Civil Veterinary Department Bihar & Orissa reports 1911-21 - 1911-1921
Year: 1911
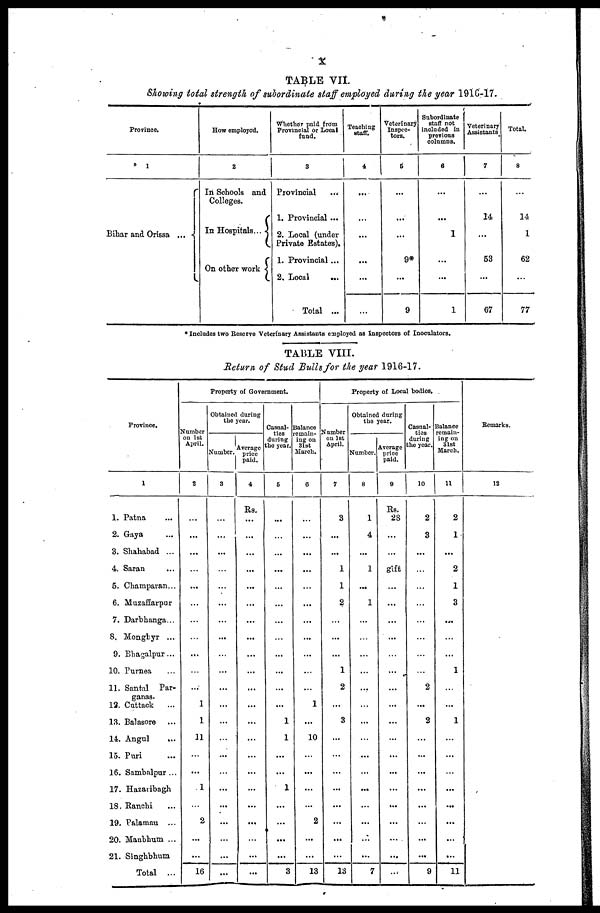
X
TABLE VII.
Showing total strength of subordinate staff employed during the year 1916-17.
Province.
1
Bihar and Orissa ...
How employed.
2
In Schools and
Colleges.
In Hospitals...
On other work
Whether paid from
Provincial or Local
fund.
3
Provincial
1. Provincial ...
2. Local (under
Private Estates).
1. Provincial ...
2. Local
...
Total ...
Teaching
staff.
4
...
...
...
...
Veterinary
Inspec-
tors.
5
...
...
9*
...
9
Subordinate
staff not
included in
previous
columns.
6
...
...
1
...
1
Veterinary
Assistants
7
...
14
53
...
67
Total.
8
...
14
1
62
...
77
* Includes two Reserve Veterinary Assistants employed as Inspectors of Inoculators.
TABLE VIII.
Return of Stud Bulls for the year 1916-17.
Province.
1
1. Patna ...
2. Gaya ...
3. Shahabad ...
4. Saran ...
5. Champaran...
6. Muzaffarpur
7. Darbhanga...
8. Monghyr ...
9. Bhagalpur ...
10. Purnea ...
11. Santal Par-
ganas.
12. Cuttack ...
13. Balasore ...
14. Angul
...
15. Puri ...
16. Sambalpur ...
17. Hazaribagh
18. Ranchi ...
19. Palamau ...
20. Manbhum ...
21. Singhbhum
Total ...
Property of Government.
Number
on 1st
April.
2
...
...
...
...
...
...
...
...
...
...
...
1
1
11
...
...
1
...
2
...
...
16
Obtained during
the year.
Number.
3
...
...
...
...
...
...
...
...
...
...
...
...
...
...
...
...
...
...
...
...
...
...
Average
price
paid.
4
Rs.
...
...
...
...
...
...
...
...
...
...
...
...
...
...
...
...
...
...
...
...
...
...
Casual-
ties
during
the year.
5
...
...
...
...
...
...
...
...
...
...
...
1
1
...
...
1
...
...
...
...
3
Balance
remain-
ing on
31st
March.
6
...
...
...
...
...
...
...
...
...
...
...
1
...
10
...
...
...
...
2
...
...
13
Property of Local bodies,
Number
on 1st
April.
7
3
...
...
1
1
2
...
...
...
1
2
...
3
...
...
...
...
...
...
...
...
13
Obtained during
the year.
Number.
8
1
4
...
1
...
1
...
...
...
...
...
...
...
...
...
...
...
...
...
...
...
7
Average
price
paid.
9
Rs.
28
...
...
gift
...
...
...
...
...
...
...
...
...
...
...
...
...
...
...
...
...
...
Casual-
ties
during
the year.
10
2
3
...
...
...
...
...
...
...
...
2
...
2
...
...
...
...
...
...
...
...
9
Balance
remain-
ing on
31st
March.
11
2
1
...
2
1
3
...
...
...
1
...
...
1
...
...
...
...
...
...
...
...
11
Remarks.
12